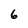
Character: 6